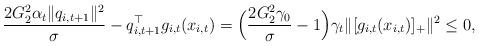
LaTeX: \begin{align*}&\frac{2G_2^2\alpha_{t}\|q_{i,t+1}\|^2}{\sigma}-q_{i,t+1}^\top g_{i,t}(x_{i,t})=\Big(\frac{2G_2^2\gamma_0}{\sigma}-1\Big)\gamma_{t}\|[g_{i,t}(x_{i,t})]_+\|^2\le0,\end{align*}